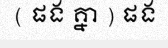
( ផង គ្នា ) ផង